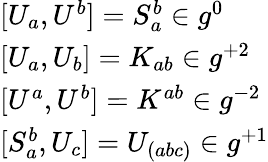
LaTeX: \begin{array}{l}{{{[}U_{a},U^{b}{]}=S_{a}^{b}\in g^{0}}}\\ {{{[}U_{a},U_{b}{]}=K_{ab}\in g^{+2}}}\\ {{{[}U^{a},U^{b}{]}=K^{ab}\in g^{-2}}}\\ {{{[}S_{a}^{b},U_{c}{]}=U_{(abc)}\in g^{+1}}}\end{array}